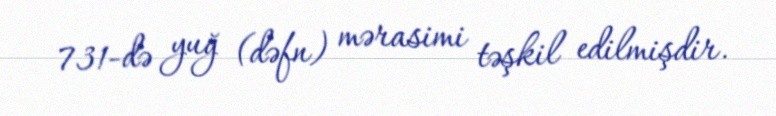
731-də yuğ (dəfn) mərasimi təşkil edilmişdir.